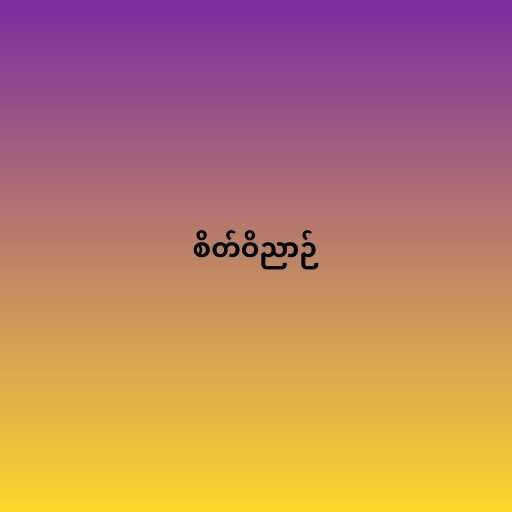
စိတ်ဝိညာဉ်